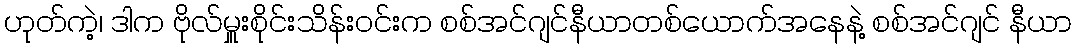
ဟုတ်ကဲ့၊ ဒါက ဗိုလ်မှူးစိုင်းသိန်းဝင်းက စစ်အင်ဂျင်နီယာတစ်ယောက်အနေနဲ့ စစ်အင်ဂျင် နီယာ